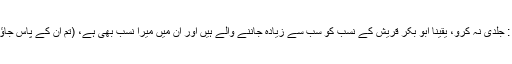
رسول اللہ صلی اللہ علیہ وآلہ وسلم نے فرمایا : جلدی نہ کرو، یقینا ابو بکر قریش کے نسب کو سب سے زیادہ جاننے والے ہیں اور ان میں میرا نسب بھی ہے، (تم ان کے پاس جاؤ) تاکہ ابو بکر میرا نسب ان سے الگ کردیں۔